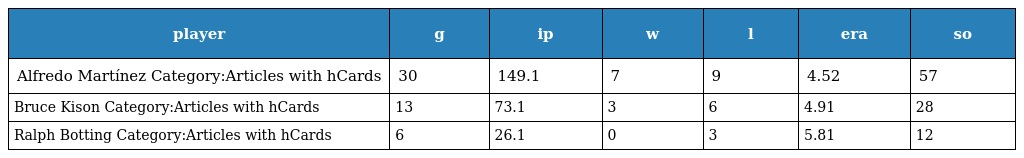
| player | g | ip | w | l | era | so |
 | --- | --- | --- | --- | --- | --- | --- |
 | Alfredo Martínez Category:Articles with hCards | 30 | 149.1 | 7 | 9 | 4.52 | 57 |
 | Bruce Kison Category:Articles with hCards | 13 | 73.1 | 3 | 6 | 4.91 | 28 |
 | Ralph Botting Category:Articles with hCards | 6 | 26.1 | 0 | 3 | 5.81 | 12 |